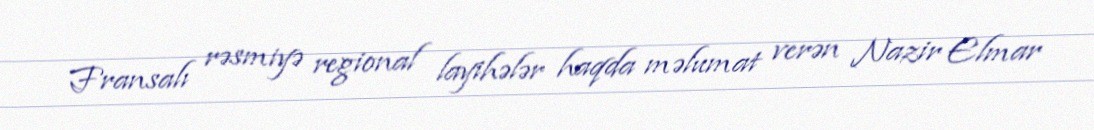
Fransalı rəsmiyə regional layihələr haqda məlumat verən Nazir Elmar